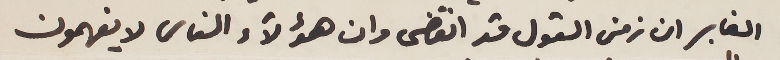
الغابر ان زمن القول قد انقضى وان هؤلاء الناس لا يفهمون